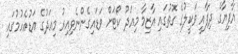
އާފިޔާގެ ދިފާއީ ވަކީލުގެ ގޮތުގައި އާޒިމާ މިއަދު ކޯޓަށް ވަޑައިގެންނެވިއިރު މިއަދުގެ އަޑުއެހުމުގައި